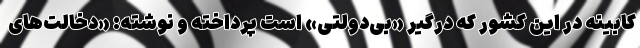
کابینه در این کشور که درگیر «بی‌دولتی» است پرداخته و نوشته: «دخالت‌های